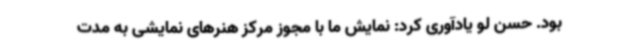
بود. حسن لو یادآوری کرد: نمایش ما با مجوز مرکز هنرهای نمایشی به مدت